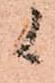
候